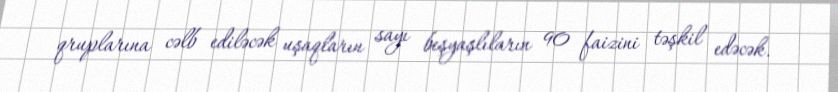
qruplarına cəlb ediləcək uşaqların sayı beşyaşlıların 90 faizini təşkil edəcək.